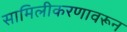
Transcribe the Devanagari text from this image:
सामिलीकरणावरून